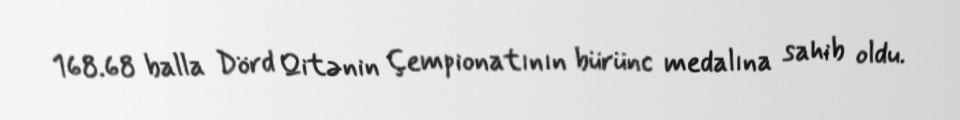
168.68 balla Dörd Qitənin Çempionatının bürünc medalına sahib oldu.